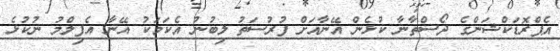
އެޕްރޮޑަކްޝަންގެ ދޯސްތާނާ ކުޅެން އޭނާއަށް ފުރުސަތު ލިބުނު އެކަމަކު އޭނާ އެފިލްމު ނުކުޅެ